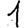
Digit: 1